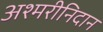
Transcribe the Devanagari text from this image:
अश्मरीनिदान